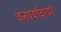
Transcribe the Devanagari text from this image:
वनपर्यावरण